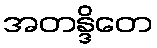
အတန္ဒိတေ